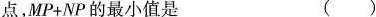
点，$$MP+NP$$的最小值是 （）